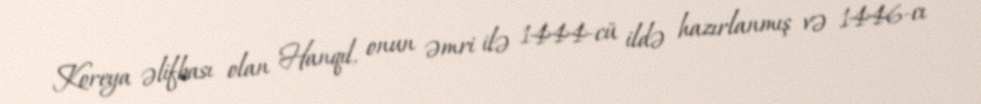
Koreya əlifbası olan Hanqıl, onun əmri ilə 1444-cü ildə hazırlanmış və 1446-cı